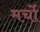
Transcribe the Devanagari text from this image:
मर्चो